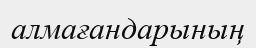
алмағандарының